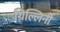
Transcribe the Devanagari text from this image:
ग्रिल्लिनी